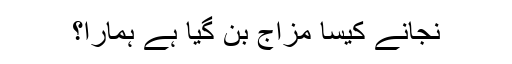
نجانے کیسا مزاج بن گیا ہے ہمارا؟